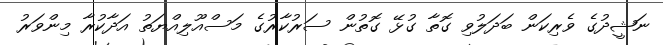
ނަޝީދުގެ ވެރިކަން ބަދަލުވި ގޮތާ ގުޅޭ ގޮތުން ސަރުކާރުގެ މަސްއޫލިއްޔަތު އަދާކުރާ މިންވަރު